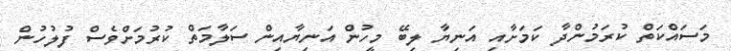
މަސައްކަތް ކުރަމުންދާ ކަމަށާއި އަނިޔާ ލިބޭ މީހުން އަނިޔާއިން ސަލާމަތް ކުރުމަށްވެސް ފުލުހުން